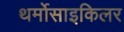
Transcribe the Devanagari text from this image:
थर्मोसाइकिलर